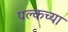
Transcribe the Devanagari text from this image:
पल्कच्या